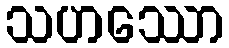
သဟဿော